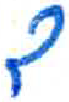
אות: ד